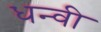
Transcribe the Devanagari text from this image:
धन्वी